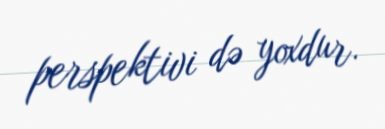
perspektivi də yoxdur.